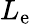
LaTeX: L_{\mathrm{e}}